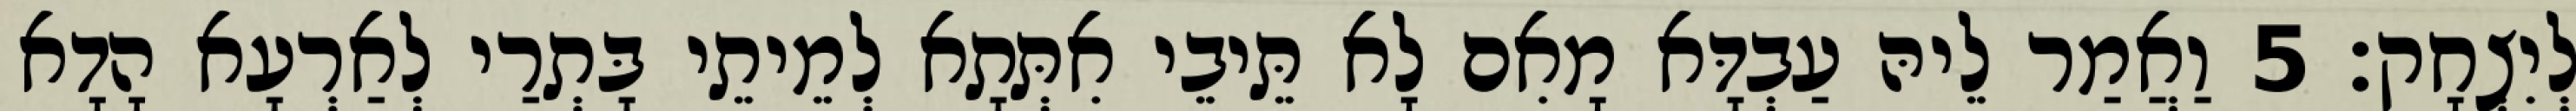
לְיִצְחָק׃ 5 וַאֲמַר לֵיהּ עַבְדָּא מָאִם לָא תֵּיבֵי אִתְּתָא לְמֵיתֵי בָּתְרַי לְאַרְעָא הָדָא